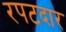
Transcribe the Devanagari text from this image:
रपटदार